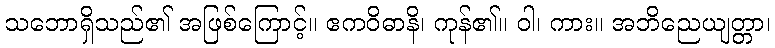
သဘောရှိသည်၏ အဖြစ်ကြောင့်။ ဧကဝိဓာနိ၊ ကုန်၏။ ဝါ၊ ကား။ အဘိညေယျတ္တာ၊